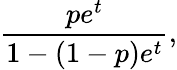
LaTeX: {\frac{pe^{t}}{1-(1-p)e^{t}}},